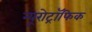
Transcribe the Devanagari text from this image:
न्यूरोट्रॉफिक